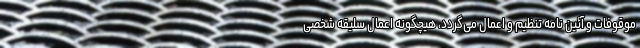
موقوفات و آئین نامه تنظیم و اعمال می‌گردد، هیچگونه اعمال سلیقه شخصی